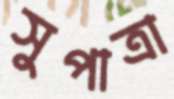
সুপাত্রা